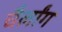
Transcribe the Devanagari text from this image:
चैर्लांग